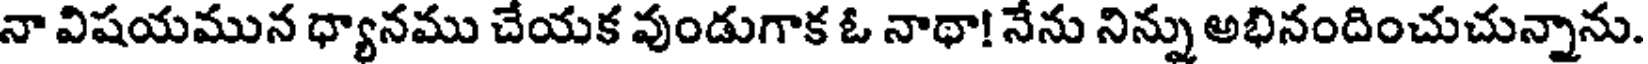
నా విషయమున ధ్యానము చేయక వుండుగాక ఓ నాథా! నేను నిన్ను అభినందించుచున్నాను.